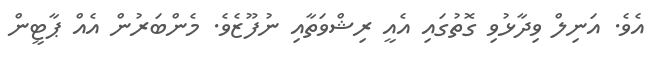
އެވެ. އަނިލް ވިދާޅުވި ގޮތުގައި އެއީ ރިޝްވަތާއި ނުފޫޒެވެ. މެންބަރުން އެއް ޕާޓީން